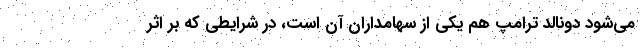
می‌شود دونالد ترامپ هم یکی از سهامداران آن است، در شرایطی که بر اثر